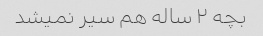
بچه ۲ ساله هم سیر نمیشد